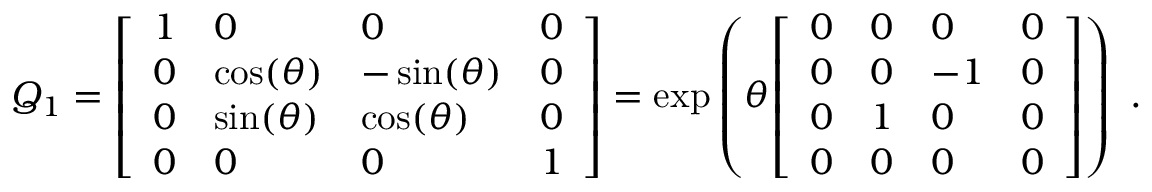
Q _ { 1 } = { \left[ \begin{array} { l l l l } { 1 } & { 0 } & { 0 } & { 0 } \\ { 0 } & { \cos ( \theta ) } & { - \sin ( \theta ) } & { 0 } \\ { 0 } & { \sin ( \theta ) } & { \cos ( \theta ) } & { 0 } \\ { 0 } & { 0 } & { 0 } & { 1 } \end{array} \right] } = \exp \left( \theta { \left[ \begin{array} { l l l l } { 0 } & { 0 } & { 0 } & { 0 } \\ { 0 } & { 0 } & { - 1 } & { 0 } \\ { 0 } & { 1 } & { 0 } & { 0 } \\ { 0 } & { 0 } & { 0 } & { 0 } \end{array} \right] } \right) ~ .